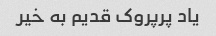
یاد پرپروک قدیم به خیر